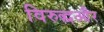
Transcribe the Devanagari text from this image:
विरुद्धऔर